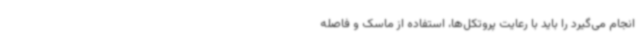
انجام می‌گیرد را باید با رعایت پروتکل‌ها، استفاده از ماسک و فاصله